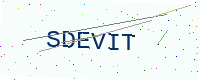
Text: SDEVIT